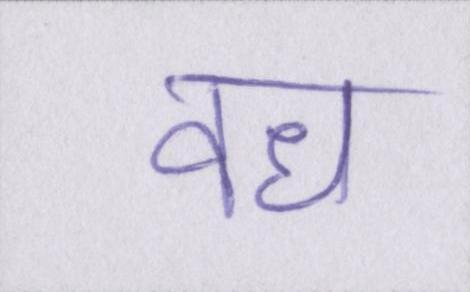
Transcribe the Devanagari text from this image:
वध